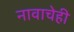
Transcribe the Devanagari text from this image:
नावाचेही